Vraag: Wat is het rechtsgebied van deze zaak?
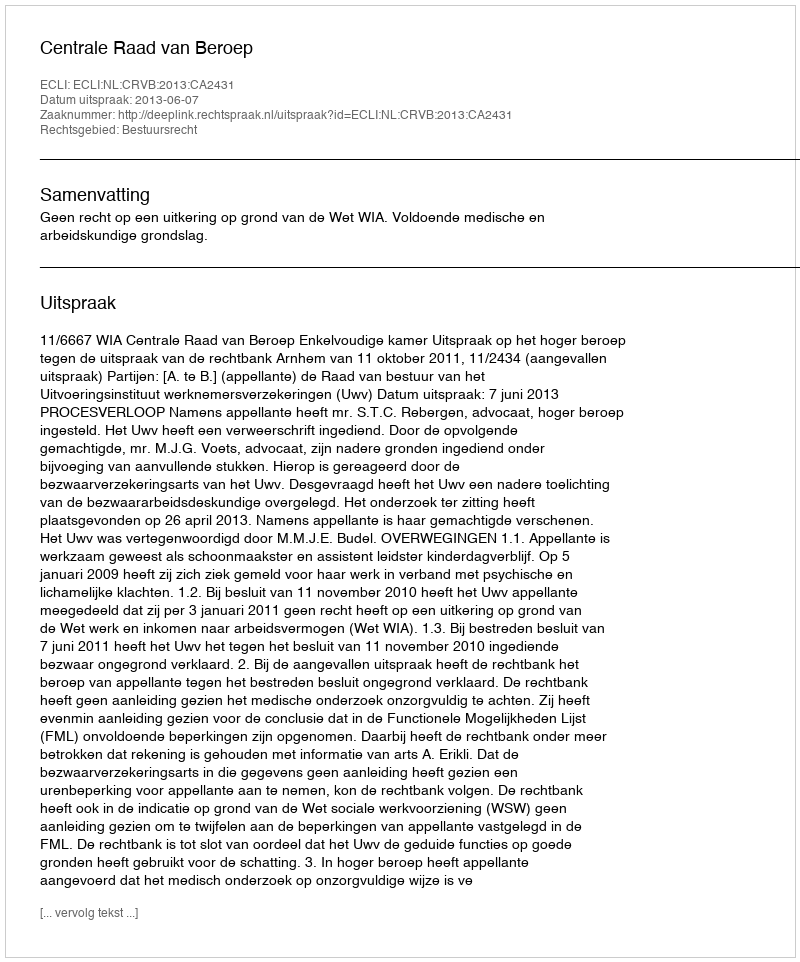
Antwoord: Bestuursrecht